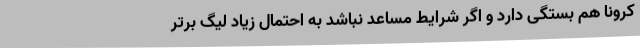
کرونا هم بستگی دارد و اگر شرایط مساعد نباشد به احتمال زیاد لیگ برتر